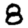
Digit: 8